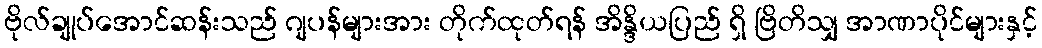
ဗိုလ်ချုပ်အောင်ဆန်းသည် ဂျပန်များအား တိုက်ထုတ်ရန် အိန္ဒိယပြည် ရှိ ဗြိတိသျှ အာဏာပိုင်များနှင့်